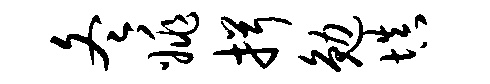
冬姚揖勉填